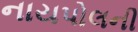
નાયપોલની